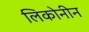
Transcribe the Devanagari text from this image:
लिकोनीन